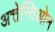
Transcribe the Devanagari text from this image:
अत्तेन्तिओन